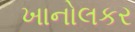
ખાનોલકર